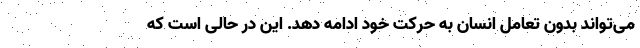
می‌تواند بدون تعامل انسان به حرکت خود ادامه دهد. این در حالی است که